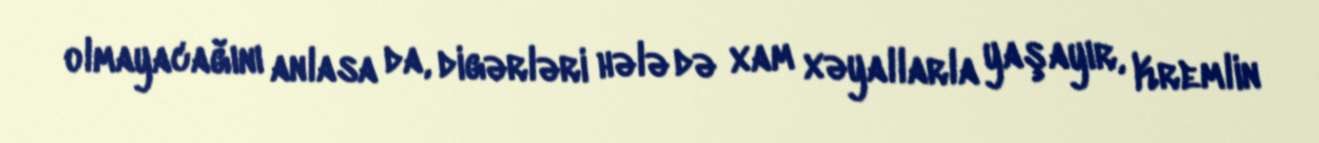
olmayacağını anlasa da, digərləri hələ də xam xəyallarla yaşayır, Kremlin